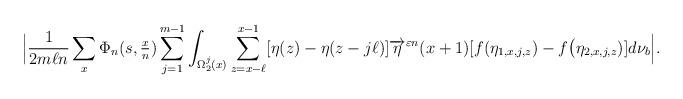
LaTeX: \begin{align*} \Big| \frac{1}{2 m \ell n}\sum_{x } \Phi_{n}(s,\tfrac{x}{n} ) \sum_{j=1}^{m-1} \int_{\Omega_2^j(x)} \sum_{z = x-\ell}^{x-1} [ \eta(z) - \eta(z - j \ell) ] \overrightarrow{\eta}^{\varepsilon n}(x+1) [f( \eta_{1,x,j,z} ) - f \big( \eta_{2,x,j,z} ) ] d\nu_{b} \Big|.\end{align*}